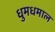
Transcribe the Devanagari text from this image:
धुमधमाल